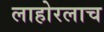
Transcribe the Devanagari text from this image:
लाहोरलाच